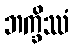
ဘက္ခိဿံ